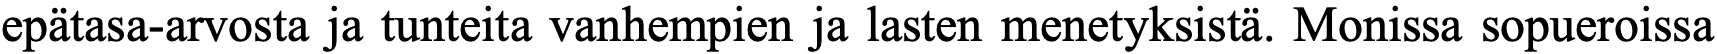
epätasa-arvosta ja tunteita vanhempien ja lasten menetyksistä. Monissa sopueroissa